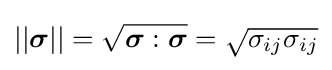
||{\boldsymbol {\sigma }}||={\sqrt {{\boldsymbol {\sigma }}:{\boldsymbol {\sigma }}}}={\sqrt {\sigma _{ij}\sigma _{ij}}}